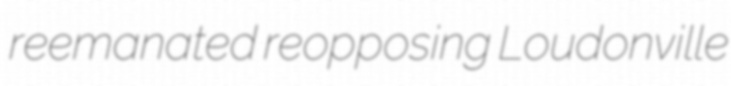
reemanated reopposing Loudonville